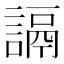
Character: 䛿